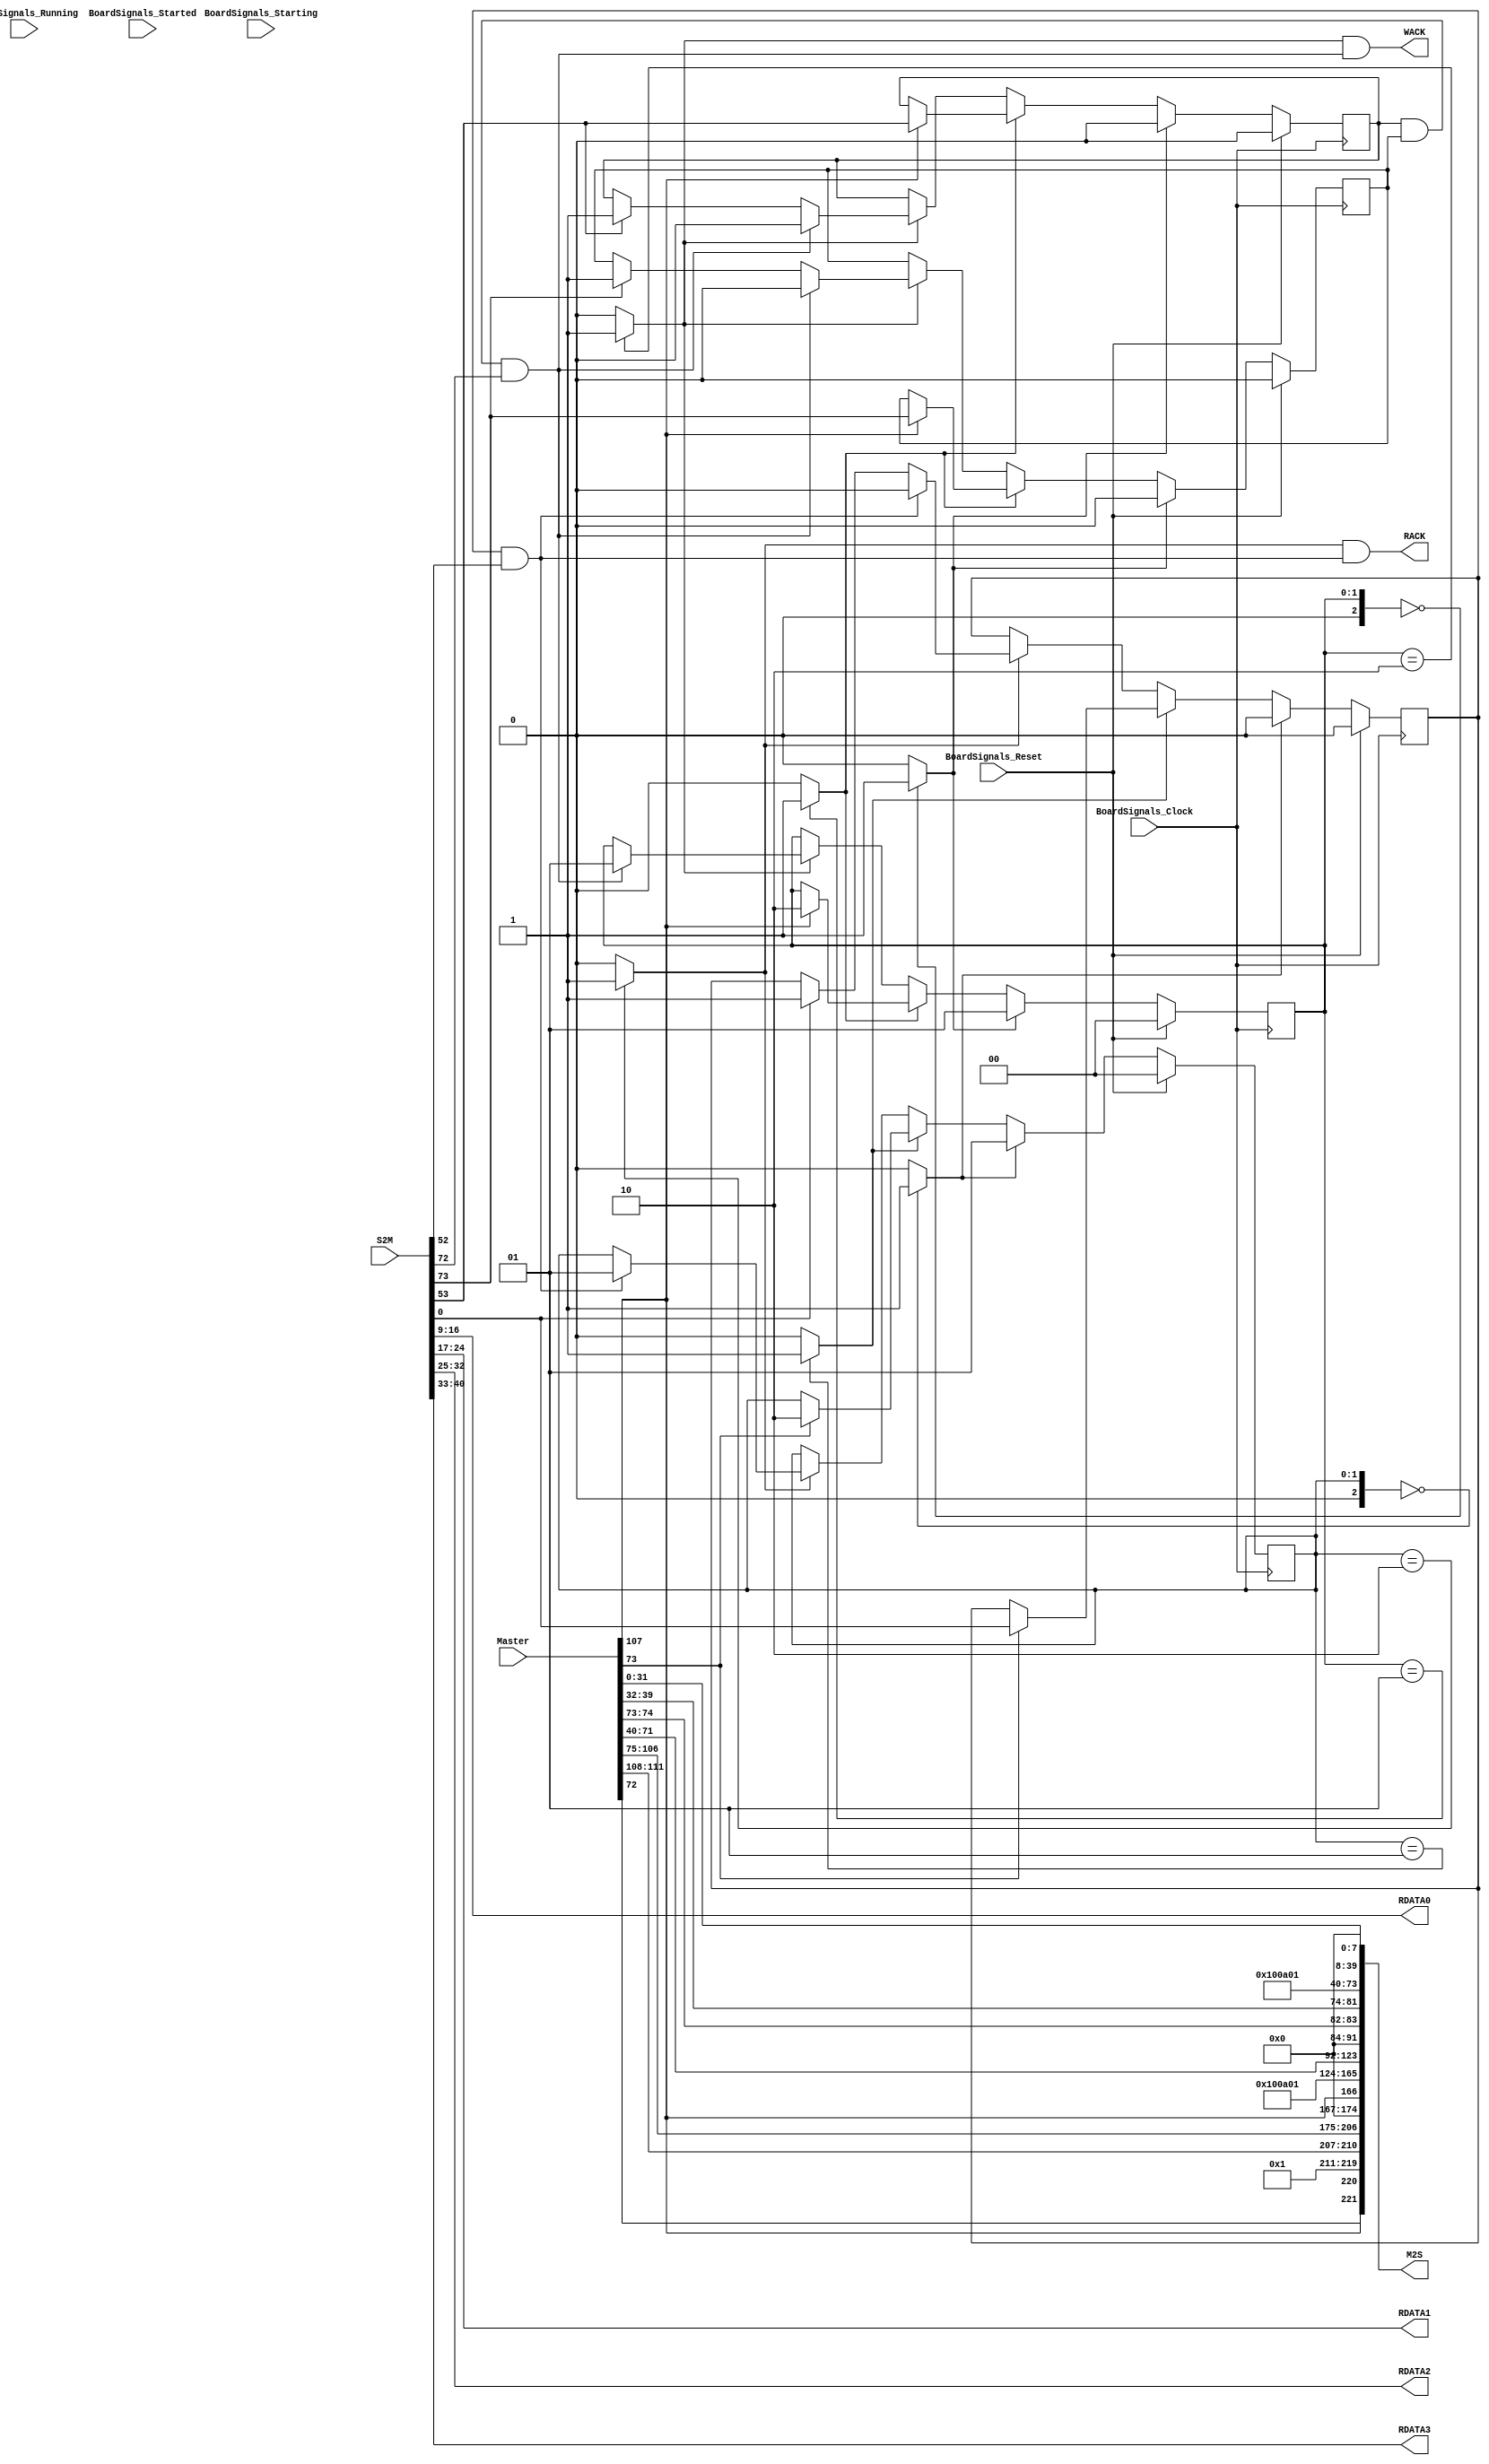
`timescale 1ns/1ps
`default_nettype none
// PLEASE READ THIS, IT MAY SAVE YOU SOME TIME AND MONEY, THANK YOU!
// * This file was generated by Quokka FPGA Toolkit.
// * Generated code is your property, do whatever you want with it
// * Place custom code between [BEGIN USER ***] and [END USER ***].
// * CAUTION: All code outside of [USER] scope is subject to regeneration.
// * Bad things happen sometimes in developer's life,
//   it is recommended to use source control management software (e.g. git, bzr etc) to keep your custom code safe'n'sound.
// * Internal structure of code is subject to change.
//   You can use some of signals in custom code, but most likely they will not exist in future (e.g. will get shorter or gone completely)
// * Please send your feedback, comments, improvement ideas etc. to evmuryshkin@gmail.com
// * Visit https://github.com/EvgenyMuryshkin/QuokkaEvaluation to access latest version of playground
//
// DISCLAIMER:
//   Code comes AS-IS, it is your responsibility to make sure it is working as expected
//   no responsibility will be taken for any loss or damage caused by use of Quokka toolkit.
//
// System configuration name is AXISoCTestModule_TopLevel_CPU_Master, clock frequency is 1Hz, Embedded
// FSM summary
// -- Packages
module AXISoCTestModule_TopLevel_CPU_Master
(
	// [BEGIN USER PORTS]
	// [END USER PORTS]
	input wire BoardSignals_Clock,
	input wire BoardSignals_Reset,
	input wire BoardSignals_Running,
	input wire BoardSignals_Starting,
	input wire BoardSignals_Started,
	input wire [111:0] Master,
	input wire [73:0] S2M,
	output wire [221:0] M2S,
	output wire RACK,
	output wire [7:0] RDATA0,
	output wire [7:0] RDATA1,
	output wire [7:0] RDATA2,
	output wire [7:0] RDATA3,
	output wire WACK
);
	// [BEGIN USER SIGNALS]
	// [END USER SIGNALS]
	localparam HiSignal = 1'b1;
	localparam LoSignal = 1'b0;
	wire Zero = 1'b0;
	wire One = 1'b1;
	wire true = 1'b1;
	wire false = 1'b0;
	wire [1: 0] size = 2'b10;
	wire [1: 0] AXI4MasterModule_L128F9L185T10_AXI4MasterModule_L129F13L153T14_AXI4MasterModule_L131F22T44_Expr = 2'b00;
	wire [1: 0] AXI4MasterModule_L128F9L185T10_AXI4MasterModule_L129F13L153T14_AXI4MasterModule_L132F21T32_AXI4MasterModule_L115F9L118T10_AXI4MasterModule_L116F33T54_Expr = 2'b01;
	wire AXI4MasterModule_L128F9L185T10_AXI4MasterModule_L129F13L153T14_AXI4MasterModule_L132F21T32_AXI4MasterModule_L115F9L118T10_AXI4MasterModule_L117F36T41_Expr = 1'b0;
	wire [1: 0] AXI4MasterModule_L128F9L185T10_AXI4MasterModule_L129F13L153T14_AXI4MasterModule_L134F22T43_Expr = 2'b01;
	wire [1: 0] AXI4MasterModule_L128F9L185T10_AXI4MasterModule_L129F13L153T14_AXI4MasterModule_L136F21L139T22_AXI4MasterModule_L137F45T64_Expr = 2'b10;
	wire [1: 0] AXI4MasterModule_L128F9L185T10_AXI4MasterModule_L129F13L153T14_AXI4MasterModule_L141F22T41_Expr = 2'b10;
	wire AXI4MasterModule_L128F9L185T10_AXI4MasterModule_L129F13L153T14_AXI4MasterModule_L143F21L145T22_AXI4MasterModule_L144F48T52_Expr = 1'b1;
	wire [1: 0] AXI4MasterModule_L128F9L185T10_AXI4MasterModule_L129F13L153T14_AXI4MasterModule_L148F21L150T22_AXI4MasterModule_L149F25T36_AXI4MasterModule_L115F9L118T10_AXI4MasterModule_L116F33T54_Expr = 2'b01;
	wire AXI4MasterModule_L128F9L185T10_AXI4MasterModule_L129F13L153T14_AXI4MasterModule_L148F21L150T22_AXI4MasterModule_L149F25T36_AXI4MasterModule_L115F9L118T10_AXI4MasterModule_L117F36T41_Expr = 1'b0;
	wire [1: 0] AXI4MasterModule_L128F9L185T10_AXI4MasterModule_L155F13L184T14_AXI4MasterModule_L157F22T45_Expr = 2'b00;
	wire [1: 0] AXI4MasterModule_L128F9L185T10_AXI4MasterModule_L155F13L184T14_AXI4MasterModule_L158F21T33_AXI4MasterModule_L121F9L125T10_AXI4MasterModule_L122F34T56_Expr = 2'b01;
	wire AXI4MasterModule_L128F9L185T10_AXI4MasterModule_L155F13L184T14_AXI4MasterModule_L158F21T33_AXI4MasterModule_L121F9L125T10_AXI4MasterModule_L123F36T41_Expr = 1'b0;
	wire AXI4MasterModule_L128F9L185T10_AXI4MasterModule_L155F13L184T14_AXI4MasterModule_L158F21T33_AXI4MasterModule_L121F9L125T10_AXI4MasterModule_L124F35T40_Expr = 1'b0;
	wire [1: 0] AXI4MasterModule_L128F9L185T10_AXI4MasterModule_L155F13L184T14_AXI4MasterModule_L160F22T44_Expr = 2'b01;
	wire [1: 0] AXI4MasterModule_L128F9L185T10_AXI4MasterModule_L155F13L184T14_AXI4MasterModule_L162F21L166T22_AXI4MasterModule_L163F46T66_Expr = 2'b10;
	wire [1: 0] AXI4MasterModule_L128F9L185T10_AXI4MasterModule_L155F13L184T14_AXI4MasterModule_L168F22T42_Expr = 2'b10;
	wire AXI4MasterModule_L128F9L185T10_AXI4MasterModule_L155F13L184T14_AXI4MasterModule_L170F21L172T22_AXI4MasterModule_L171F48T52_Expr = 1'b1;
	wire AXI4MasterModule_L128F9L185T10_AXI4MasterModule_L155F13L184T14_AXI4MasterModule_L175F21L177T22_AXI4MasterModule_L176F47T51_Expr = 1'b1;
	wire [1: 0] AXI4MasterModule_L128F9L185T10_AXI4MasterModule_L155F13L184T14_AXI4MasterModule_L180F21L182T22_AXI4MasterModule_L181F25T37_AXI4MasterModule_L121F9L125T10_AXI4MasterModule_L122F34T56_Expr = 2'b01;
	wire AXI4MasterModule_L128F9L185T10_AXI4MasterModule_L155F13L184T14_AXI4MasterModule_L180F21L182T22_AXI4MasterModule_L181F25T37_AXI4MasterModule_L121F9L125T10_AXI4MasterModule_L123F36T41_Expr = 1'b0;
	wire AXI4MasterModule_L128F9L185T10_AXI4MasterModule_L155F13L184T14_AXI4MasterModule_L180F21L182T22_AXI4MasterModule_L181F25T37_AXI4MasterModule_L121F9L125T10_AXI4MasterModule_L124F35T40_Expr = 1'b0;
	wire AXI4_M_AR_L18F28T29_Expr = 1'b0;
	wire AXI4_M_AR_L24F29T30_Expr = 1'b1;
	wire [2: 0] AXI4_M_AR_L27F33T43_Expr = 3'b010;
	wire [1: 0] AXI4_M_AR_L30F35T48_Expr = 2'b01;
	wire [1: 0] AXI4_M_AR_L33F33T47_Expr = 2'b00;
	wire [3: 0] AXI4_M_AR_L36F35T63_Expr = 4'b0000;
	wire [2: 0] AXI4_M_AR_L39F33T66_Expr = 3'b010;
	wire [3: 0] AXI4_M_AR_L42F31T44_Expr = 4'b0000;
	wire AXI4_M_AR_L45F32T33_Expr = 1'b0;
	wire AXI4_M_AW_L17F28T29_Expr = 1'b0;
	wire AXI4_M_AW_L23F29T30_Expr = 1'b1;
	wire [2: 0] AXI4_M_AW_L26F33T43_Expr = 3'b010;
	wire [1: 0] AXI4_M_AW_L29F35T48_Expr = 2'b01;
	wire [1: 0] AXI4_M_AW_L32F33T47_Expr = 2'b00;
	wire [3: 0] AXI4_M_AW_L35F35T63_Expr = 4'b0000;
	wire [2: 0] AXI4_M_AW_L38F33T66_Expr = 3'b010;
	wire [3: 0] AXI4_M_AW_L41F31T44_Expr = 4'b0000;
	wire AXI4_M_AW_L44F32T33_Expr = 1'b0;
	wire AXI4_M_AW_L47F30T31_Expr = 1'b0;
	wire AXI4MasterModule_L102F27T28_Expr = 1'b0;
	wire AXI4_M_W_L24F29T33_Expr = 1'b1;
	wire AXI4_M_W_L27F29T30_Expr = 1'b0;
	wire [1: 0] AXI4MasterModule_L73F46T65_Expr = 2'b10;
	wire [1: 0] AXI4MasterModule_L76F47T67_Expr = 2'b10;
	wire [31: 0] Inputs_Master_ARADDR;
	wire [7: 0] Inputs_Master_ARUSER;
	wire [31: 0] Inputs_Master_AWADDR;
	wire Inputs_Master_BREADY;
	wire Inputs_Master_RE;
	wire Inputs_Master_RREADY;
	wire Inputs_Master_WE;
	wire [3: 0] Inputs_Master_WSTRB;
	wire Inputs_S2M_R_AR_ARREADY;
	wire [7: 0] Inputs_S2M_R_R_RID;
	wire [1: 0] Inputs_S2M_R_R_RRESP;
	wire Inputs_S2M_R_R_RLAST;
	wire [7: 0] Inputs_S2M_R_R_RUSER;
	wire Inputs_S2M_R_R_RVALID;
	wire Inputs_S2M_W_AW_AWREADY;
	wire [7: 0] Inputs_S2M_W_B_BID;
	wire [1: 0] Inputs_S2M_W_B_BRESP;
	wire [7: 0] Inputs_S2M_W_B_BUSER;
	wire Inputs_S2M_W_B_BVALID;
	wire Inputs_S2M_W_W_WREADY;
	reg NextState_ARREADYACK;
	reg NextState_AWREADYACK;
	reg [1: 0] NextState_readFSM;
	reg NextState_WREADYACK;
	reg [1: 0] NextState_writeFSM;
	wire readAck;
	wire writeAck;
	reg State_ARREADYACK = 1'b0;
	wire State_ARREADYACKDefault = 1'b0;
	reg State_AWREADYACK = 1'b0;
	wire State_AWREADYACKDefault = 1'b0;
	reg [1: 0] State_readFSM = 2'b00;
	wire [1: 0] State_readFSMDefault = 2'b00;
	reg State_WREADYACK = 1'b0;
	wire State_WREADYACKDefault = 1'b0;
	reg [1: 0] State_writeFSM = 2'b00;
	wire [1: 0] State_writeFSMDefault = 2'b00;
	wire AXI4MasterModule_L70F25T66_Expr;
	wire AXI4MasterModule_L70F25T66_Expr_1;
	wire AXI4MasterModule_L70F25T66_Expr_2;
	wire AXI4MasterModule_L71F26T86_Expr;
	wire AXI4MasterModule_L71F26T86_Expr_1;
	wire AXI4MasterModule_L71F26T86_Expr_2;
	wire AXI4MasterModule_L71F26T61_Expr;
	wire AXI4MasterModule_L71F26T61_Expr_1;
	wire AXI4MasterModule_L71F26T61_Expr_2;
	wire AXI4MasterModule_L73F29T76_Expr;
	wire AXI4MasterModule_L73F29T76_Expr_1;
	wire AXI4MasterModule_L73F29T76_Expr_2;
	wire AXI4MasterModule_L76F29T79_Expr;
	wire AXI4MasterModule_L76F29T79_Expr_1;
	wire AXI4MasterModule_L76F29T79_Expr_2;
	wire AXI4MasterModule_L128F9L185T10_AXI4MasterModule_L129F13L153T14_AXI4MasterModule_L131F17L133T27_Case;
	wire signed [2: 0] AXI4MasterModule_L128F9L185T10_AXI4MasterModule_L129F13L153T14_AXI4MasterModule_L131F17L133T27_CaseLhs;
	wire signed [2: 0] AXI4MasterModule_L128F9L185T10_AXI4MasterModule_L129F13L153T14_AXI4MasterModule_L131F17L133T27_CaseRhs;
	wire AXI4MasterModule_L128F9L185T10_AXI4MasterModule_L129F13L153T14_AXI4MasterModule_L134F17L140T27_Case;
	wire signed [2: 0] AXI4MasterModule_L128F9L185T10_AXI4MasterModule_L129F13L153T14_AXI4MasterModule_L134F17L140T27_CaseLhs;
	wire signed [2: 0] AXI4MasterModule_L128F9L185T10_AXI4MasterModule_L129F13L153T14_AXI4MasterModule_L134F17L140T27_CaseRhs;
	wire AXI4MasterModule_L128F9L185T10_AXI4MasterModule_L129F13L153T14_AXI4MasterModule_L141F17L152T27_Case;
	wire signed [2: 0] AXI4MasterModule_L128F9L185T10_AXI4MasterModule_L129F13L153T14_AXI4MasterModule_L141F17L152T27_CaseLhs;
	wire signed [2: 0] AXI4MasterModule_L128F9L185T10_AXI4MasterModule_L129F13L153T14_AXI4MasterModule_L141F17L152T27_CaseRhs;
	wire AXI4MasterModule_L128F9L185T10_AXI4MasterModule_L155F13L184T14_AXI4MasterModule_L157F17L159T27_Case;
	wire signed [2: 0] AXI4MasterModule_L128F9L185T10_AXI4MasterModule_L155F13L184T14_AXI4MasterModule_L157F17L159T27_CaseLhs;
	wire signed [2: 0] AXI4MasterModule_L128F9L185T10_AXI4MasterModule_L155F13L184T14_AXI4MasterModule_L157F17L159T27_CaseRhs;
	wire AXI4MasterModule_L128F9L185T10_AXI4MasterModule_L155F13L184T14_AXI4MasterModule_L160F17L167T27_Case;
	wire signed [2: 0] AXI4MasterModule_L128F9L185T10_AXI4MasterModule_L155F13L184T14_AXI4MasterModule_L160F17L167T27_CaseLhs;
	wire signed [2: 0] AXI4MasterModule_L128F9L185T10_AXI4MasterModule_L155F13L184T14_AXI4MasterModule_L160F17L167T27_CaseRhs;
	wire AXI4MasterModule_L128F9L185T10_AXI4MasterModule_L155F13L184T14_AXI4MasterModule_L168F17L183T27_Case;
	wire signed [2: 0] AXI4MasterModule_L128F9L185T10_AXI4MasterModule_L155F13L184T14_AXI4MasterModule_L168F17L183T27_CaseLhs;
	wire signed [2: 0] AXI4MasterModule_L128F9L185T10_AXI4MasterModule_L155F13L184T14_AXI4MasterModule_L168F17L183T27_CaseRhs;
	wire AXI4MasterModule_L73F29T65_Expr;
	wire signed [2: 0] AXI4MasterModule_L73F29T65_ExprLhs;
	wire signed [2: 0] AXI4MasterModule_L73F29T65_ExprRhs;
	wire AXI4MasterModule_L76F29T67_Expr;
	wire signed [2: 0] AXI4MasterModule_L76F29T67_ExprLhs;
	wire signed [2: 0] AXI4MasterModule_L76F29T67_ExprRhs;
	wire [7 : 0] Inputs_Master_WDATA [0 : 3];
	wire [7 : 0] Inputs_S2M_R_R_RDATA [0 : 3];
	always @ (posedge BoardSignals_Clock)
	begin
		if ((BoardSignals_Reset == 1))
		begin
			State_ARREADYACK <= State_ARREADYACKDefault;
			State_AWREADYACK <= State_AWREADYACKDefault;
			State_readFSM <= State_readFSMDefault;
			State_WREADYACK <= State_WREADYACKDefault;
			State_writeFSM <= State_writeFSMDefault;
		end
		else
		begin
			State_ARREADYACK <= NextState_ARREADYACK;
			State_AWREADYACK <= NextState_AWREADYACK;
			State_readFSM <= NextState_readFSM;
			State_WREADYACK <= NextState_WREADYACK;
			State_writeFSM <= NextState_writeFSM;
		end
	end
	assign AXI4MasterModule_L128F9L185T10_AXI4MasterModule_L129F13L153T14_AXI4MasterModule_L131F17L133T27_Case = AXI4MasterModule_L128F9L185T10_AXI4MasterModule_L129F13L153T14_AXI4MasterModule_L131F17L133T27_CaseLhs == AXI4MasterModule_L128F9L185T10_AXI4MasterModule_L129F13L153T14_AXI4MasterModule_L131F17L133T27_CaseRhs ? 1'b1 : 1'b0;
	assign AXI4MasterModule_L128F9L185T10_AXI4MasterModule_L129F13L153T14_AXI4MasterModule_L134F17L140T27_Case = AXI4MasterModule_L128F9L185T10_AXI4MasterModule_L129F13L153T14_AXI4MasterModule_L134F17L140T27_CaseLhs == AXI4MasterModule_L128F9L185T10_AXI4MasterModule_L129F13L153T14_AXI4MasterModule_L134F17L140T27_CaseRhs ? 1'b1 : 1'b0;
	assign AXI4MasterModule_L128F9L185T10_AXI4MasterModule_L129F13L153T14_AXI4MasterModule_L141F17L152T27_Case = AXI4MasterModule_L128F9L185T10_AXI4MasterModule_L129F13L153T14_AXI4MasterModule_L141F17L152T27_CaseLhs == AXI4MasterModule_L128F9L185T10_AXI4MasterModule_L129F13L153T14_AXI4MasterModule_L141F17L152T27_CaseRhs ? 1'b1 : 1'b0;
	assign AXI4MasterModule_L128F9L185T10_AXI4MasterModule_L155F13L184T14_AXI4MasterModule_L157F17L159T27_Case = AXI4MasterModule_L128F9L185T10_AXI4MasterModule_L155F13L184T14_AXI4MasterModule_L157F17L159T27_CaseLhs == AXI4MasterModule_L128F9L185T10_AXI4MasterModule_L155F13L184T14_AXI4MasterModule_L157F17L159T27_CaseRhs ? 1'b1 : 1'b0;
	assign AXI4MasterModule_L128F9L185T10_AXI4MasterModule_L155F13L184T14_AXI4MasterModule_L160F17L167T27_Case = AXI4MasterModule_L128F9L185T10_AXI4MasterModule_L155F13L184T14_AXI4MasterModule_L160F17L167T27_CaseLhs == AXI4MasterModule_L128F9L185T10_AXI4MasterModule_L155F13L184T14_AXI4MasterModule_L160F17L167T27_CaseRhs ? 1'b1 : 1'b0;
	assign AXI4MasterModule_L128F9L185T10_AXI4MasterModule_L155F13L184T14_AXI4MasterModule_L168F17L183T27_Case = AXI4MasterModule_L128F9L185T10_AXI4MasterModule_L155F13L184T14_AXI4MasterModule_L168F17L183T27_CaseLhs == AXI4MasterModule_L128F9L185T10_AXI4MasterModule_L155F13L184T14_AXI4MasterModule_L168F17L183T27_CaseRhs ? 1'b1 : 1'b0;
	assign AXI4MasterModule_L73F29T65_Expr = AXI4MasterModule_L73F29T65_ExprLhs == AXI4MasterModule_L73F29T65_ExprRhs ? 1'b1 : 1'b0;
	assign AXI4MasterModule_L76F29T67_Expr = AXI4MasterModule_L76F29T67_ExprLhs == AXI4MasterModule_L76F29T67_ExprRhs ? 1'b1 : 1'b0;
	assign AXI4MasterModule_L70F25T66_Expr = AXI4MasterModule_L70F25T66_Expr_1 & AXI4MasterModule_L70F25T66_Expr_2;
	assign AXI4MasterModule_L71F26T86_Expr = AXI4MasterModule_L71F26T86_Expr_1 & AXI4MasterModule_L71F26T86_Expr_2;
	assign AXI4MasterModule_L71F26T61_Expr = AXI4MasterModule_L71F26T61_Expr_1 & AXI4MasterModule_L71F26T61_Expr_2;
	assign AXI4MasterModule_L73F29T76_Expr = AXI4MasterModule_L73F29T76_Expr_1 & AXI4MasterModule_L73F29T76_Expr_2;
	assign AXI4MasterModule_L76F29T79_Expr = AXI4MasterModule_L76F29T79_Expr_1 & AXI4MasterModule_L76F29T79_Expr_2;
	always @ (*)
	begin
		NextState_ARREADYACK = State_ARREADYACK;
		NextState_AWREADYACK = State_AWREADYACK;
		NextState_readFSM = State_readFSM;
		NextState_WREADYACK = State_WREADYACK;
		NextState_writeFSM = State_writeFSM;
		if ((AXI4MasterModule_L128F9L185T10_AXI4MasterModule_L129F13L153T14_AXI4MasterModule_L131F17L133T27_Case == 1))
		begin
			NextState_readFSM = AXI4MasterModule_L128F9L185T10_AXI4MasterModule_L129F13L153T14_AXI4MasterModule_L132F21T32_AXI4MasterModule_L115F9L118T10_AXI4MasterModule_L116F33T54_Expr;
			NextState_ARREADYACK = AXI4MasterModule_L128F9L185T10_AXI4MasterModule_L129F13L153T14_AXI4MasterModule_L132F21T32_AXI4MasterModule_L115F9L118T10_AXI4MasterModule_L117F36T41_Expr;
		end
		else if ((AXI4MasterModule_L128F9L185T10_AXI4MasterModule_L129F13L153T14_AXI4MasterModule_L134F17L140T27_Case == 1))
		begin
			if ((Inputs_Master_RE == 1))
			begin
				NextState_readFSM = AXI4MasterModule_L128F9L185T10_AXI4MasterModule_L129F13L153T14_AXI4MasterModule_L136F21L139T22_AXI4MasterModule_L137F45T64_Expr;
				NextState_ARREADYACK = Inputs_S2M_R_AR_ARREADY;
			end
		end
		else if ((AXI4MasterModule_L128F9L185T10_AXI4MasterModule_L129F13L153T14_AXI4MasterModule_L141F17L152T27_Case == 1))
		begin
			if ((Inputs_S2M_R_AR_ARREADY == 1))
			begin
				NextState_ARREADYACK = AXI4MasterModule_L128F9L185T10_AXI4MasterModule_L129F13L153T14_AXI4MasterModule_L143F21L145T22_AXI4MasterModule_L144F48T52_Expr;
			end
			if ((readAck == 1))
			begin
				NextState_readFSM = AXI4MasterModule_L128F9L185T10_AXI4MasterModule_L129F13L153T14_AXI4MasterModule_L148F21L150T22_AXI4MasterModule_L149F25T36_AXI4MasterModule_L115F9L118T10_AXI4MasterModule_L116F33T54_Expr;
				NextState_ARREADYACK = AXI4MasterModule_L128F9L185T10_AXI4MasterModule_L129F13L153T14_AXI4MasterModule_L148F21L150T22_AXI4MasterModule_L149F25T36_AXI4MasterModule_L115F9L118T10_AXI4MasterModule_L117F36T41_Expr;
			end
		end
		if ((AXI4MasterModule_L128F9L185T10_AXI4MasterModule_L155F13L184T14_AXI4MasterModule_L157F17L159T27_Case == 1))
		begin
			NextState_writeFSM = AXI4MasterModule_L128F9L185T10_AXI4MasterModule_L155F13L184T14_AXI4MasterModule_L158F21T33_AXI4MasterModule_L121F9L125T10_AXI4MasterModule_L122F34T56_Expr;
			NextState_AWREADYACK = AXI4MasterModule_L128F9L185T10_AXI4MasterModule_L155F13L184T14_AXI4MasterModule_L158F21T33_AXI4MasterModule_L121F9L125T10_AXI4MasterModule_L123F36T41_Expr;
			NextState_WREADYACK = AXI4MasterModule_L128F9L185T10_AXI4MasterModule_L155F13L184T14_AXI4MasterModule_L158F21T33_AXI4MasterModule_L121F9L125T10_AXI4MasterModule_L124F35T40_Expr;
		end
		else if ((AXI4MasterModule_L128F9L185T10_AXI4MasterModule_L155F13L184T14_AXI4MasterModule_L160F17L167T27_Case == 1))
		begin
			if ((Inputs_Master_WE == 1))
			begin
				NextState_writeFSM = AXI4MasterModule_L128F9L185T10_AXI4MasterModule_L155F13L184T14_AXI4MasterModule_L162F21L166T22_AXI4MasterModule_L163F46T66_Expr;
				NextState_AWREADYACK = Inputs_S2M_W_AW_AWREADY;
				NextState_WREADYACK = Inputs_S2M_W_W_WREADY;
			end
		end
		else if ((AXI4MasterModule_L128F9L185T10_AXI4MasterModule_L155F13L184T14_AXI4MasterModule_L168F17L183T27_Case == 1))
		begin
			if ((Inputs_S2M_W_AW_AWREADY == 1))
			begin
				NextState_AWREADYACK = AXI4MasterModule_L128F9L185T10_AXI4MasterModule_L155F13L184T14_AXI4MasterModule_L170F21L172T22_AXI4MasterModule_L171F48T52_Expr;
			end
			if ((Inputs_S2M_W_W_WREADY == 1))
			begin
				NextState_WREADYACK = AXI4MasterModule_L128F9L185T10_AXI4MasterModule_L155F13L184T14_AXI4MasterModule_L175F21L177T22_AXI4MasterModule_L176F47T51_Expr;
			end
			if ((writeAck == 1))
			begin
				NextState_writeFSM = AXI4MasterModule_L128F9L185T10_AXI4MasterModule_L155F13L184T14_AXI4MasterModule_L180F21L182T22_AXI4MasterModule_L181F25T37_AXI4MasterModule_L121F9L125T10_AXI4MasterModule_L122F34T56_Expr;
				NextState_AWREADYACK = AXI4MasterModule_L128F9L185T10_AXI4MasterModule_L155F13L184T14_AXI4MasterModule_L180F21L182T22_AXI4MasterModule_L181F25T37_AXI4MasterModule_L121F9L125T10_AXI4MasterModule_L123F36T41_Expr;
				NextState_WREADYACK = AXI4MasterModule_L128F9L185T10_AXI4MasterModule_L155F13L184T14_AXI4MasterModule_L180F21L182T22_AXI4MasterModule_L181F25T37_AXI4MasterModule_L121F9L125T10_AXI4MasterModule_L124F35T40_Expr;
			end
		end
	end
	assign AXI4MasterModule_L128F9L185T10_AXI4MasterModule_L129F13L153T14_AXI4MasterModule_L131F17L133T27_CaseLhs = {
		1'b0,
		State_readFSM
	}
	;
	assign AXI4MasterModule_L128F9L185T10_AXI4MasterModule_L129F13L153T14_AXI4MasterModule_L131F17L133T27_CaseRhs = {
		1'b0,
		AXI4MasterModule_L128F9L185T10_AXI4MasterModule_L129F13L153T14_AXI4MasterModule_L131F22T44_Expr
	}
	;
	assign AXI4MasterModule_L128F9L185T10_AXI4MasterModule_L129F13L153T14_AXI4MasterModule_L134F17L140T27_CaseLhs = {
		1'b0,
		State_readFSM
	}
	;
	assign AXI4MasterModule_L128F9L185T10_AXI4MasterModule_L129F13L153T14_AXI4MasterModule_L134F17L140T27_CaseRhs = {
		1'b0,
		AXI4MasterModule_L128F9L185T10_AXI4MasterModule_L129F13L153T14_AXI4MasterModule_L134F22T43_Expr
	}
	;
	assign AXI4MasterModule_L128F9L185T10_AXI4MasterModule_L129F13L153T14_AXI4MasterModule_L141F17L152T27_CaseLhs = {
		1'b0,
		State_readFSM
	}
	;
	assign AXI4MasterModule_L128F9L185T10_AXI4MasterModule_L129F13L153T14_AXI4MasterModule_L141F17L152T27_CaseRhs = {
		1'b0,
		AXI4MasterModule_L128F9L185T10_AXI4MasterModule_L129F13L153T14_AXI4MasterModule_L141F22T41_Expr
	}
	;
	assign AXI4MasterModule_L128F9L185T10_AXI4MasterModule_L155F13L184T14_AXI4MasterModule_L157F17L159T27_CaseLhs = {
		1'b0,
		State_writeFSM
	}
	;
	assign AXI4MasterModule_L128F9L185T10_AXI4MasterModule_L155F13L184T14_AXI4MasterModule_L157F17L159T27_CaseRhs = {
		1'b0,
		AXI4MasterModule_L128F9L185T10_AXI4MasterModule_L155F13L184T14_AXI4MasterModule_L157F22T45_Expr
	}
	;
	assign AXI4MasterModule_L128F9L185T10_AXI4MasterModule_L155F13L184T14_AXI4MasterModule_L160F17L167T27_CaseLhs = {
		1'b0,
		State_writeFSM
	}
	;
	assign AXI4MasterModule_L128F9L185T10_AXI4MasterModule_L155F13L184T14_AXI4MasterModule_L160F17L167T27_CaseRhs = {
		1'b0,
		AXI4MasterModule_L128F9L185T10_AXI4MasterModule_L155F13L184T14_AXI4MasterModule_L160F22T44_Expr
	}
	;
	assign AXI4MasterModule_L128F9L185T10_AXI4MasterModule_L155F13L184T14_AXI4MasterModule_L168F17L183T27_CaseLhs = {
		1'b0,
		State_writeFSM
	}
	;
	assign AXI4MasterModule_L128F9L185T10_AXI4MasterModule_L155F13L184T14_AXI4MasterModule_L168F17L183T27_CaseRhs = {
		1'b0,
		AXI4MasterModule_L128F9L185T10_AXI4MasterModule_L155F13L184T14_AXI4MasterModule_L168F22T42_Expr
	}
	;
	assign AXI4MasterModule_L73F29T65_ExprLhs = {
		1'b0,
		State_readFSM
	}
	;
	assign AXI4MasterModule_L73F29T65_ExprRhs = {
		1'b0,
		AXI4MasterModule_L73F46T65_Expr
	}
	;
	assign AXI4MasterModule_L76F29T67_ExprLhs = {
		1'b0,
		State_writeFSM
	}
	;
	assign AXI4MasterModule_L76F29T67_ExprRhs = {
		1'b0,
		AXI4MasterModule_L76F47T67_Expr
	}
	;
	assign AXI4MasterModule_L70F25T66_Expr_1 = State_ARREADYACK;
	assign AXI4MasterModule_L70F25T66_Expr_2 = Inputs_S2M_R_R_RVALID;
	assign AXI4MasterModule_L71F26T86_Expr_1 = AXI4MasterModule_L71F26T61_Expr;
	assign AXI4MasterModule_L71F26T86_Expr_2 = Inputs_S2M_W_B_BVALID;
	assign AXI4MasterModule_L71F26T61_Expr_1 = State_AWREADYACK;
	assign AXI4MasterModule_L71F26T61_Expr_2 = State_WREADYACK;
	assign AXI4MasterModule_L73F29T76_Expr_1 = AXI4MasterModule_L73F29T65_Expr;
	assign AXI4MasterModule_L73F29T76_Expr_2 = readAck;
	assign AXI4MasterModule_L76F29T79_Expr_1 = AXI4MasterModule_L76F29T67_Expr;
	assign AXI4MasterModule_L76F29T79_Expr_2 = writeAck;
	assign Inputs_Master_WSTRB = Master[111:108];
	assign Inputs_Master_WE = Master[107];
	assign Inputs_Master_WDATA[3] = Master[106:99];
	assign Inputs_Master_WDATA[2] = Master[98:91];
	assign Inputs_Master_WDATA[1] = Master[90:83];
	assign Inputs_Master_WDATA[0] = Master[82:75];
	assign Inputs_Master_RREADY = Master[74];
	assign Inputs_Master_RE = Master[73];
	assign Inputs_Master_BREADY = Master[72];
	assign Inputs_Master_AWADDR = Master[71:40];
	assign Inputs_Master_ARUSER = Master[39:32];
	assign Inputs_Master_ARADDR = Master[31:0];
	assign Inputs_S2M_W_W_WREADY = S2M[73];
	assign Inputs_S2M_W_B_BVALID = S2M[72];
	assign Inputs_S2M_W_B_BUSER = S2M[71:64];
	assign Inputs_S2M_W_B_BRESP = S2M[63:62];
	assign Inputs_S2M_W_B_BID = S2M[61:54];
	assign Inputs_S2M_W_AW_AWREADY = S2M[53];
	assign Inputs_S2M_R_R_RVALID = S2M[52];
	assign Inputs_S2M_R_R_RUSER = S2M[51:44];
	assign Inputs_S2M_R_R_RLAST = S2M[43];
	assign Inputs_S2M_R_R_RRESP = S2M[42:41];
	assign Inputs_S2M_R_R_RDATA[3] = S2M[40:33];
	assign Inputs_S2M_R_R_RDATA[2] = S2M[32:25];
	assign Inputs_S2M_R_R_RDATA[1] = S2M[24:17];
	assign Inputs_S2M_R_R_RDATA[0] = S2M[16:9];
	assign Inputs_S2M_R_R_RID = S2M[8:1];
	assign Inputs_S2M_R_AR_ARREADY = S2M[0];
	assign readAck = AXI4MasterModule_L70F25T66_Expr;
	assign writeAck = AXI4MasterModule_L71F26T86_Expr;
	assign M2S[221] = Inputs_Master_BREADY;
	assign M2S[220] = Inputs_Master_WE;
	assign M2S[219:212] = {
		{7{1'b0}},
		AXI4_M_W_L27F29T30_Expr
	}
	;
	assign M2S[211] = AXI4_M_W_L24F29T33_Expr;
	assign M2S[210:207] = Inputs_Master_WSTRB;
	assign M2S[206:199] = Inputs_Master_WDATA[3];
	assign M2S[198:191] = Inputs_Master_WDATA[2];
	assign M2S[190:183] = Inputs_Master_WDATA[1];
	assign M2S[182:175] = Inputs_Master_WDATA[0];
	assign M2S[174:167] = {
		{7{1'b0}},
		AXI4MasterModule_L102F27T28_Expr
	}
	;
	assign M2S[166] = Inputs_Master_WE;
	assign M2S[165:158] = {
		{7{1'b0}},
		AXI4_M_AW_L47F30T31_Expr
	}
	;
	assign M2S[157:150] = {
		{7{1'b0}},
		AXI4_M_AW_L44F32T33_Expr
	}
	;
	assign M2S[149:146] = AXI4_M_AW_L41F31T44_Expr;
	assign M2S[145:143] = AXI4_M_AW_L38F33T66_Expr;
	assign M2S[142:139] = AXI4_M_AW_L35F35T63_Expr;
	assign M2S[138:137] = AXI4_M_AW_L32F33T47_Expr;
	assign M2S[136:135] = AXI4_M_AW_L29F35T48_Expr;
	assign M2S[134:132] = AXI4_M_AW_L26F33T43_Expr;
	assign M2S[131:124] = {
		{7{1'b0}},
		AXI4_M_AW_L23F29T30_Expr
	}
	;
	assign M2S[123:92] = Inputs_Master_AWADDR;
	assign M2S[91:84] = {
		{7{1'b0}},
		AXI4_M_AW_L17F28T29_Expr
	}
	;
	assign M2S[83] = Inputs_Master_RREADY;
	assign M2S[82] = Inputs_Master_RE;
	assign M2S[81:74] = Inputs_Master_ARUSER;
	assign M2S[73:66] = {
		{7{1'b0}},
		AXI4_M_AR_L45F32T33_Expr
	}
	;
	assign M2S[65:62] = AXI4_M_AR_L42F31T44_Expr;
	assign M2S[61:59] = AXI4_M_AR_L39F33T66_Expr;
	assign M2S[58:55] = AXI4_M_AR_L36F35T63_Expr;
	assign M2S[54:53] = AXI4_M_AR_L33F33T47_Expr;
	assign M2S[52:51] = AXI4_M_AR_L30F35T48_Expr;
	assign M2S[50:48] = AXI4_M_AR_L27F33T43_Expr;
	assign M2S[47:40] = {
		{7{1'b0}},
		AXI4_M_AR_L24F29T30_Expr
	}
	;
	assign M2S[39:8] = Inputs_Master_ARADDR;
	assign M2S[7:0] = {
		{7{1'b0}},
		AXI4_M_AR_L18F28T29_Expr
	}
	;
	assign RACK = AXI4MasterModule_L73F29T76_Expr;
	assign RDATA0 = Inputs_S2M_R_R_RDATA[0];
	assign RDATA1 = Inputs_S2M_R_R_RDATA[1];
	assign RDATA2 = Inputs_S2M_R_R_RDATA[2];
	assign RDATA3 = Inputs_S2M_R_R_RDATA[3];
	assign WACK = AXI4MasterModule_L76F29T79_Expr;
	// [BEGIN USER ARCHITECTURE]
	// [END USER ARCHITECTURE]
endmodule